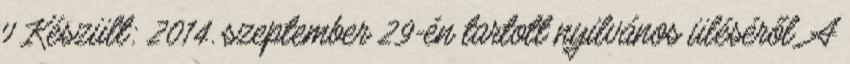
v Készült: 2014. szeptember 29-én tartott nyilvános üléséről. A